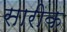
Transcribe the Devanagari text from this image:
सारीक